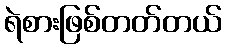
ရဲစားဖြစ်တတ်တယ်